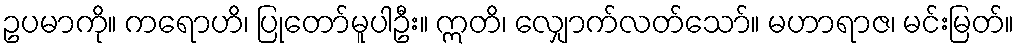
ဥပမာကို။ ကရောဟိ၊ ပြုတော်မူပါဦး။ ဣတိ၊ လျှောက်လတ်သော်။ မဟာရာဇ၊ မင်းမြတ်။